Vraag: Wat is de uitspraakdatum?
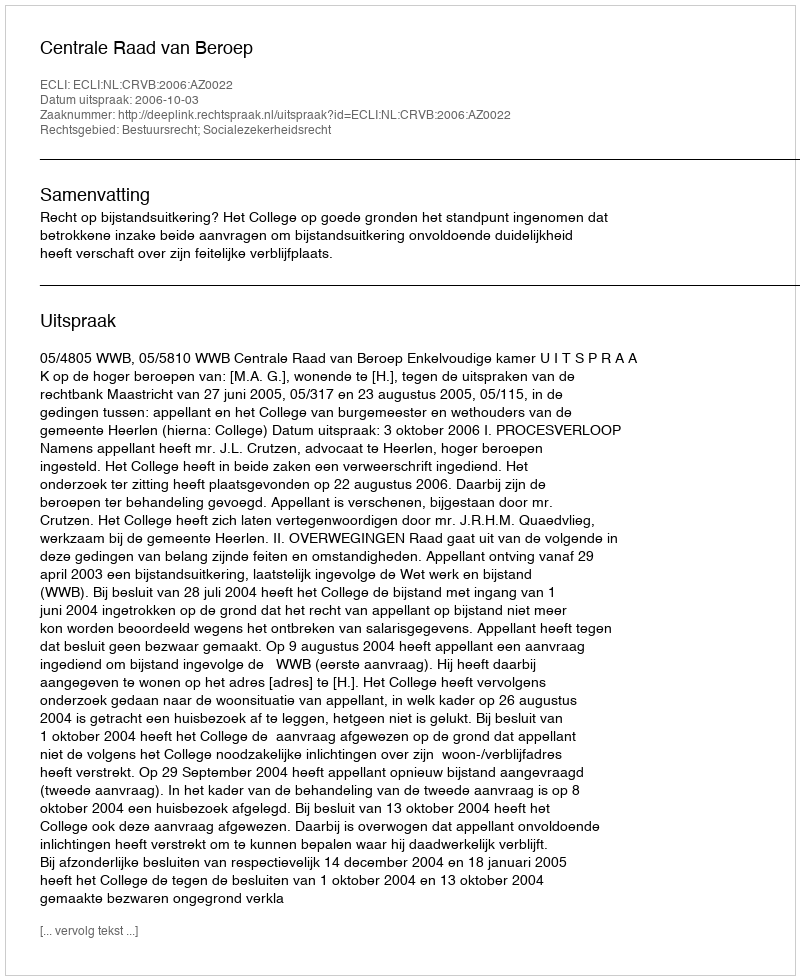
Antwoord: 2006-10-03